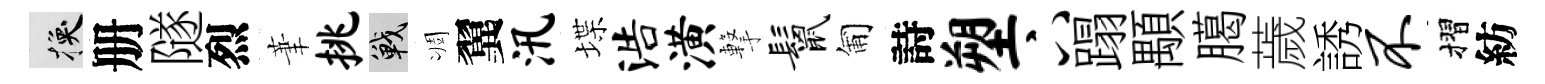
换册隧烈茟挑戰凋翼汛堞浩潢撃鬣匍詩塑下蹋顒臈薉誘不摺紡